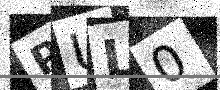
Text: PUL0